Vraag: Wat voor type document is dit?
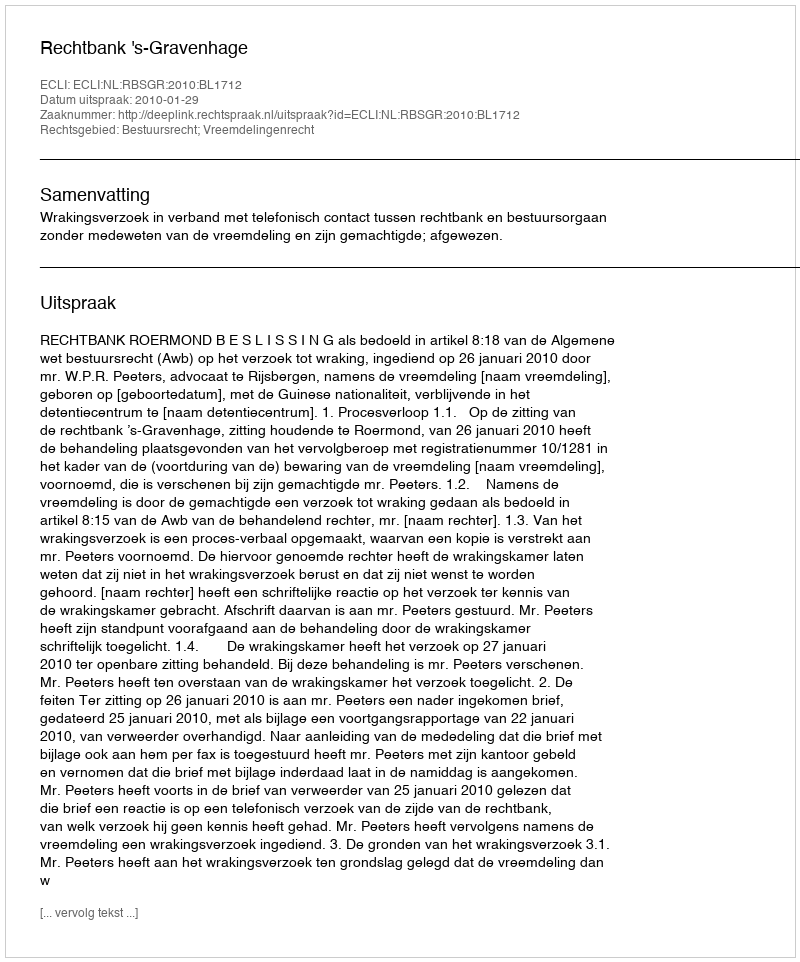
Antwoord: Uitspraak